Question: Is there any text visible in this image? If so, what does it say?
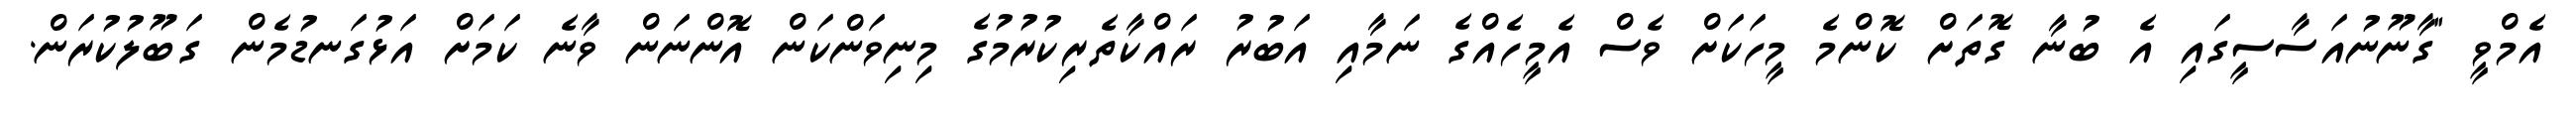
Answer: އެމްވީ "ގާނޫނުއަސާސީގައި އެ ބުނާ ގޮތަށް ކޮންމެ މީހަކަށް ވެސް އެމީހެއްގެ ނަމާއި އަބުރު ރައްކާތެރިކުރުމުގެ މިނިވަންކަން އޮންނަން ވާނެ ކަމަށް އަޅުގަނޑުމެން ގަބޫލުކުރަން.